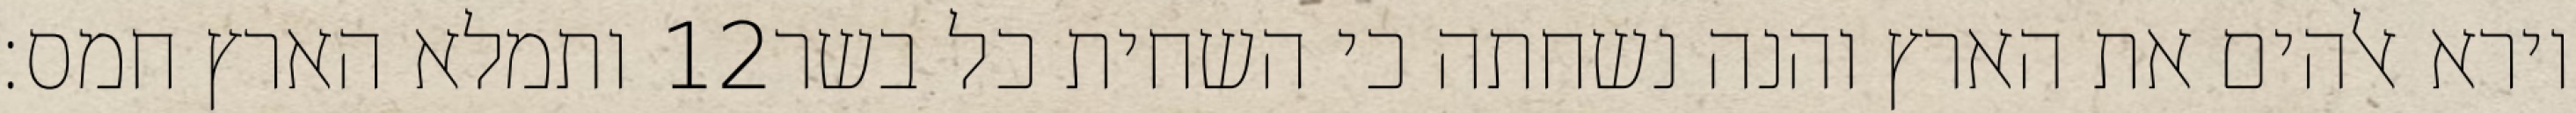
ותמלא הארץ חמס׃ ‎12‏ וירא אלהים את הארץ והנה נשחתה כי השחית כל בשר